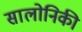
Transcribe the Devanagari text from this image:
सालोनिकी